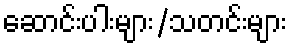
ဆောင်းပါးများ/သတင်းများ